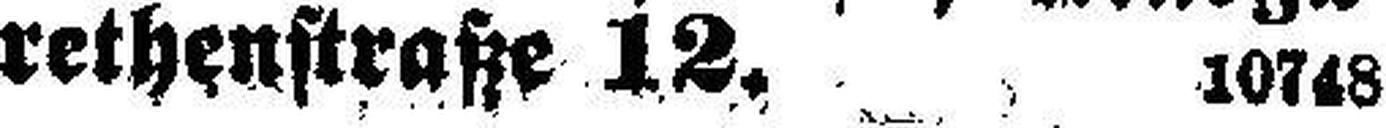
rethenstraße 12. 10748